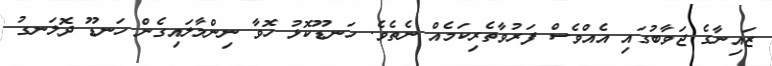
ޒައިނާގެ ޖަވާބުގައި އެއްވެސް ފަރުވާތެރިކަމެއް ނެތެވެ. ހަނޑޫކޮޅު ހޮވާ ނިންމާލައިގެން ހަނޑޫ ދޮލަނގު